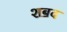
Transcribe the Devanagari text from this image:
शॿद